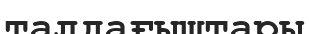
талдағыштары